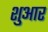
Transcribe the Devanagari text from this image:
शुआर